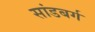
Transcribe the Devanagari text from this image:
सांडबर्ग